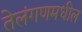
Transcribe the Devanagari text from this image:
तेलंगणमधील